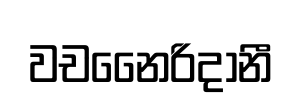
වචනෛරිදානී